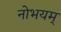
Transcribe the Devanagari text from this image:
नोभयम्